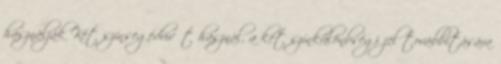
használják Két színsegédvivőt használ, a két színkülönbségi jel továbbítására